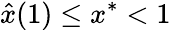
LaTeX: \hat{x}(1)\leq x^{*}<1